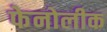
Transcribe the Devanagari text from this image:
फेनोलीक